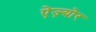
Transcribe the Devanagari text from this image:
ऐज़्योर